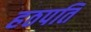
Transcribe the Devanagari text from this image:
हठपति